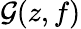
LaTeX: \mathcal{G}(z,f)